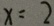
x = 2